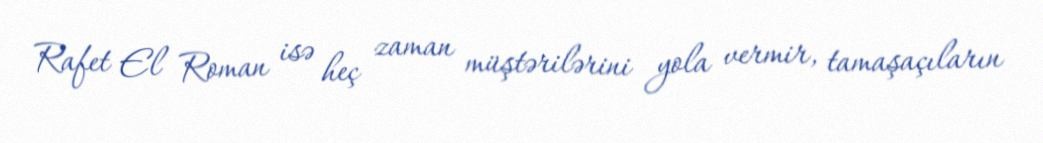
Rafet El Roman isə heç zaman müştərilərini yola vermir, tamaşaçıların